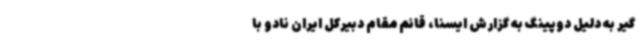
گیر به دلیل دوپینگ به گزارش ایسنا، قائم مقام دبیرکل ایران نادو با